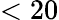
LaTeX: <20